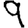
Digit: 9